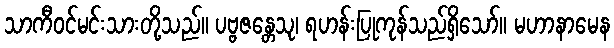
သာကီဝင်မင်းသားတို့သည်။ ပဗ္ဗဇန္တေသု၊ ရဟန်းပြုကုန်သည်ရှိသော်။ မဟာနာမေန